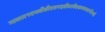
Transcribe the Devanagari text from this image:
गावात१एमबीबीएसपदवीधरवैद्यकव्यवसायीआहे